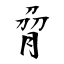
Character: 脋